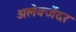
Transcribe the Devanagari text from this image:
अलेक्जेंदर